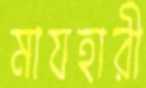
মাযহারী